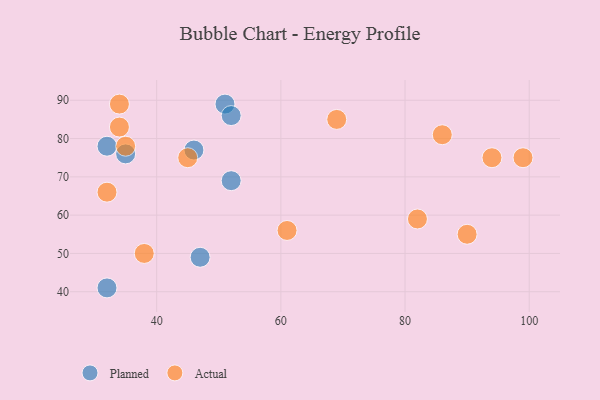
{"axis": {"x": "GDP", "y": "Life Expectancy"}, "legend": ["Actual", "Planned"], "data": [{"x": "47", "y": 49, "type": "Planned"}, {"x": "46", "y": 77, "type": "Planned"}, {"x": "51", "y": 89, "type": "Planned"}, {"x": "52", "y": 69, "type": "Planned"}, {"x": "32", "y": 78, "type": "Planned"}, {"x": "52", "y": 86, "type": "Planned"}, {"x": "35", "y": 76, "type": "Planned"}, {"x": "32", "y": 41, "type": "Planned"}, {"x": "45", "y": 75, "type": "Actual"}, {"x": "35", "y": 78, "type": "Actual"}, {"x": "90", "y": 55, "type": "Actual"}, {"x": "32", "y": 66, "type": "Actual"}, {"x": "82", "y": 59, "type": "Actual"}, {"x": "99", "y": 75, "type": "Actual"}, {"x": "69", "y": 85, "type": "Actual"}, {"x": "94", "y": 75, "type": "Actual"}, {"x": "61", "y": 56, "type": "Actual"}, {"x": "34", "y": 89, "type": "Actual"}, {"x": "86", "y": 81, "type": "Actual"}, {"x": "34", "y": 83, "type": "Actual"}, {"x": "38", "y": 50, "type": "Actual"}]}